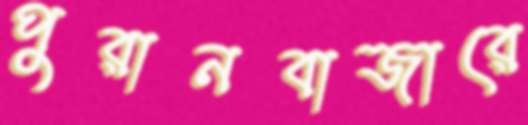
পুরানবাজারে